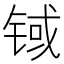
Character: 𲈃